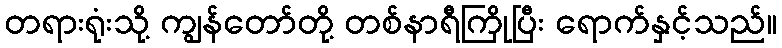
တရားရုံးသို့ ကျွန်တော်တို့ တစ်နာရီကြိုပြီး ရောက်နှင့်သည်။